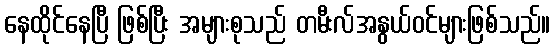
နေထိုင်နေပြီ ဖြစ်ပြီး အများစုသည် တမီးလ်အနွယ်ဝင်များဖြစ်သည်။